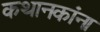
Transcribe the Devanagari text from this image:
कथानकांना